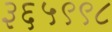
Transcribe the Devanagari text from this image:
३६५९९८